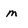
Character: m